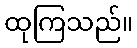
ထုကြသည်။